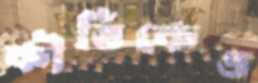
কীর্তিকেও